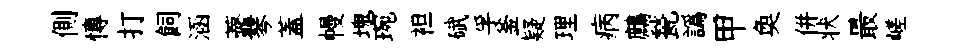
側慱打飼涵虀琴蓋幔塊琬袒碔孚釜疑理病鷓甃譌甲奐併状最嵯